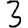
Digit: 3